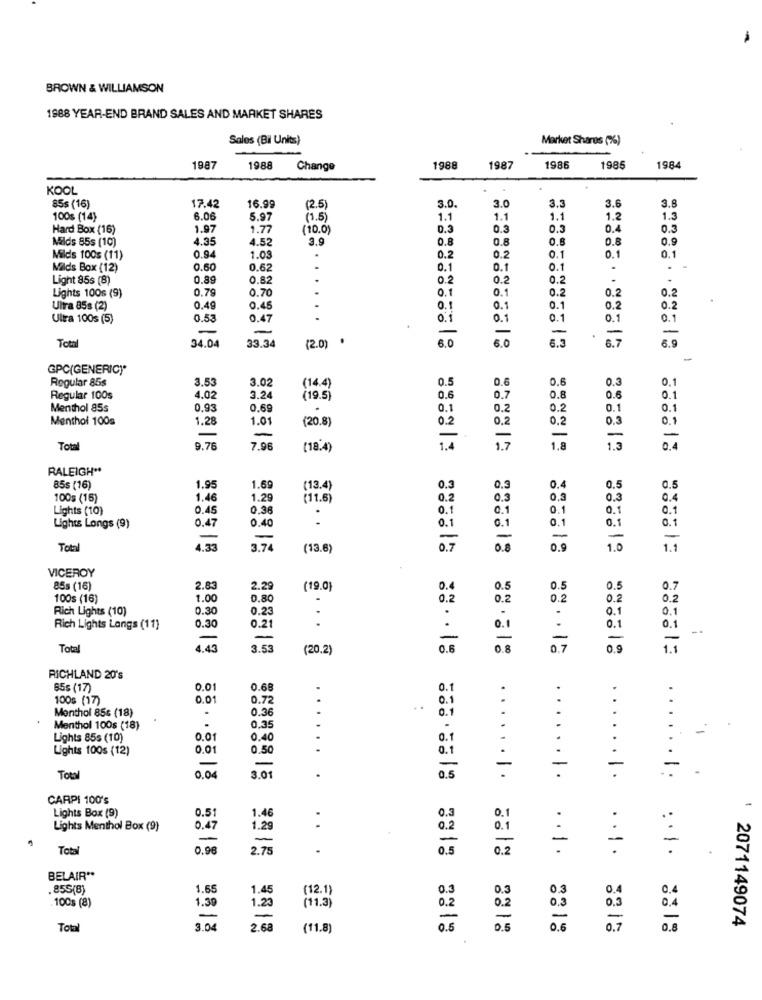
BROWN & WILLIAMSON
1988 YEAR-END BRAND SALES AND MARKET SHARES
Sales (Bil Units)
Market Shares (%)
1987
1988
Change
1988
1987
1986
1985
1984
KOOL
17.42
3.0.
3.0
3.3
3.6
3.8
85s (16)
16.99
12.5
100s (14)
6.06
5.97
(1.5)
1.1
1.1
1.
1.2
1.3
Hard Box (16)
1.97
1.77
(10.0)
D.3
0.3
0.3
0.4
0.3
Milds 85s (10)
4.35
4.52
3.9
0.8
0.8
0.8
0.8
0.9
Milds 100s (11)
0.94
1.03
0.2
0.2
0.1
0.1
0.1
Milds Box (12)
0.60
0.6
0.1
0.1
0.1
Light 85s (8)
0.89
0.82
0.2
0.2
0.2
0.7
0.70
0.
0.1
0.2
0.2
0.2
Lights 100s (9)
Ultra 85s (2)
0.49
0.45
0.1
0.1
0.1
0.2
0.2
Ulta 100s (5)
0.5
0.47
0.1
0.1
0.1
0.1
-
-
-
-
Toth
(2.0) .
6.0
6.0
6.3
.
34.04
33.34
6.9
-
GPC(GENERIC""
Regular 85s
3.53
3.02
(14.4)
0.5
0.6
0.6
0.3
0.1
0.8
Regular 100s
4.02
3.24
(19.5)
0.6
0.7
0.6
0.1
Menthol 85s
0.93
0.69
0.1
0.2
0.2
0.1
0.1
Menthol 100s
1.28
1.01
(20.8)
0.2
0.2
0.2
0.3
0.1
-
-
-
-
Total
9.76
7.96
(18.4)
1.7
1.8
1.3
0,4
RALEIGH **
85s (16)
1.95
1.69
(13.4)
0.3
0.3
0.4
0.5
0.5
100s (15)
1.46
1.29
(11.6)
0.2
0.3
0.3
0.3
0.4
Lights (10)
0.4
0,3
0.1
0.1
0.1
0.1
0.1
0.47
0.40
.
0.1
0.1
0.1
0.1
Lights Longs (9)
0.1
-
-
-
-
-
Total
4.33
3.7
(13.6)
0.8
0.9
1.0
1.1
VICEROY
85s (16)
2.83
2.29
(19.0)
0.4
0.5
0.5
0.5
0.7
100s (16)
1.00
0.8
0.2
0.2
0.2
0.2
0.2
Rich Lights (10)
0.30
0.2
.
0.1
0.1
0.30
..
0.1
0.1
Rich Lights Langs (11)
0.2
.
0.1
-
-
-
-
-
Total
4.43
3.53
(20.2)
0.6
0.8
0.7
0.9
1.1
RICHLAND 20's
85s (17)
0.01
0.6
0.1
100s (17)
0.0
0.72
0.1
Menthol 85s (18)
0.36
..
0.1
Menthol 100s (18)
0.35
Lights 85s (10)
0.01
0.40
0.1
Lights 100s (12)
0.01
0.50
-
-
-
-
Total
0.0
3.0
0.5
. I.
. . .
.......
CARPI 100's
Lights Box (9)
0.51
1.4
0.3
0.1
Lights Menthol Box (9)
0.49
1.29
0.2
0.1
.
-
-
Total
0,96
2.7
0.5
0.2
BELAIR **
855(8)
1.65
1.45
(12.1)
0.3
0.3
0.4
0.4
.100s (8)
1.39
1.23
(11.3)
0.2
-
-
2071149074
Total
3.04
2.68
(11.8)
.. 1. 8:18
0.8